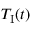
T _ { \mathrm { I } } ( t )